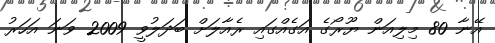
އޭނާ 80 މިލިއަން ޔޫރޯގެ އަގެއްގައި ރެއާލަށް ބަދަލުވީ 2009 ވަނަ އަހަރު